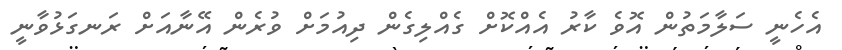
އެހެނީ ސަލާމަތުން އޮވެ ކާރު އެއްކޮށް ގެއްލިގެން ދިއުމަށް ވުރެން އޭނާއަށް ރަނގަޅުވާނީ